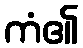
ကံ၏